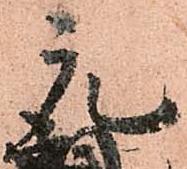
元